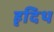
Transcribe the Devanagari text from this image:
हृदिथ